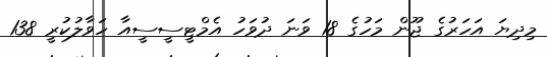
މިދިޔަ އަހަރުގެ ޖޫން މަހުގެ 18 ވަނަ ދުވަހު އެމްޓީސީސީއާ ހަވާލުކުރީ 138